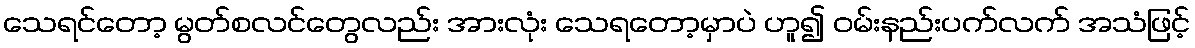
သေရင်တော့ မွတ်စလင်တွေလည်း အားလုံး သေရတော့မှာပဲ ဟူ၍ ဝမ်းနည်းပက်လက် အသံဖြင့်